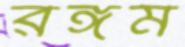
রঙ্গম